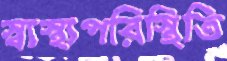
স্বাস্থ্যপরিস্থিতি